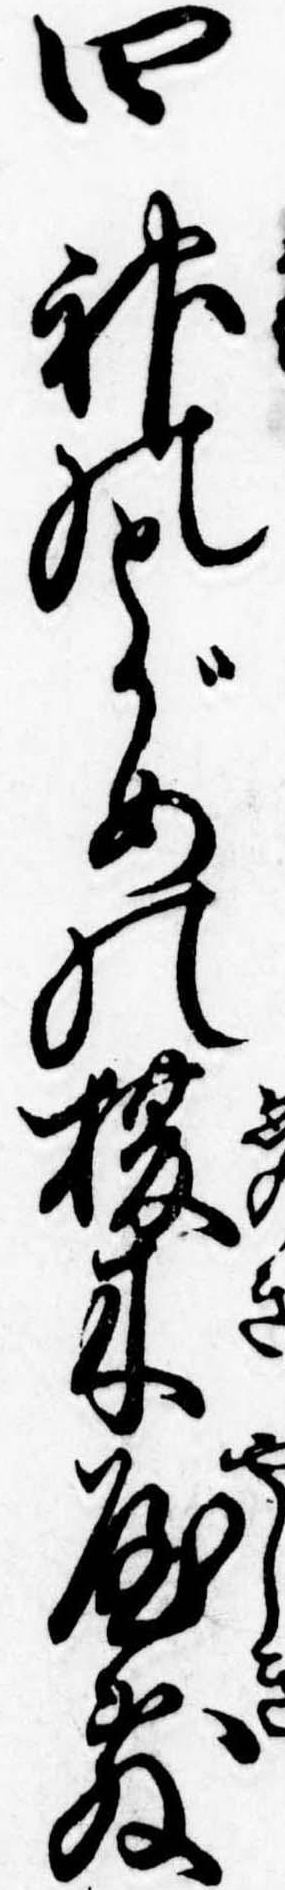
四神のとがめの榎木屋敷